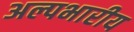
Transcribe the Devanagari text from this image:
अल्पभारीय